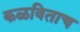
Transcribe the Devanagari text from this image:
कळविताच